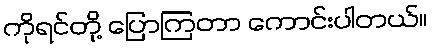
ကိုရင်တို့ ပြောကြတာ ကောင်းပါတယ်။